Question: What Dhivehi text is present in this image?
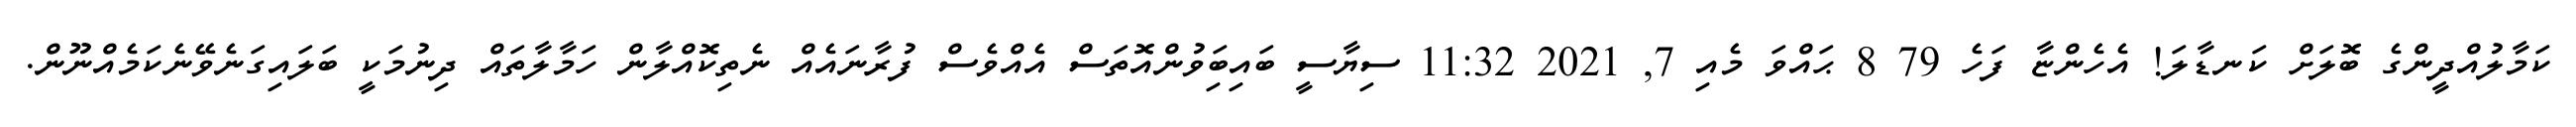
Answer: ކަމާލުއްދީންގެ ބޮލަށް ކަނޑާލަ! އެހެންޏާ ފަހެ 79 8 ޙައްވަ މެއި 7, 2021 11:32 ސިޔާސީ ބައިބަިވުންއޮތަސް އެއްވެސް ފުރާނައެއް ނެތިކޮއްލާން ހަމާލާތައް ދިނުމަކީ ބަލައިގަނެވޭނެކަމެއްނޫން.